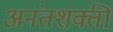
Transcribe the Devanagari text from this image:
अनंतशक्ती